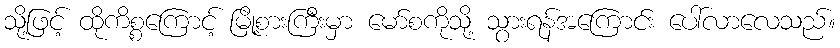
သို့ဖြင့် ထိုကိစ္စကြောင့် မြို့စားကြီးမှာ မော်စကိုသို့ သွားရန်အကြောင်း ပေါ်လာလေသည်။